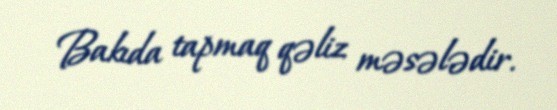
Bakıda tapmaq qəliz məsələdir.